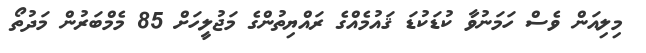
މިލިއަން ވެސް ހަމަނުވާ ކުޑަކުޑަ ޤައުމެއްގެ ރައްޔިތުންގެ މަޖުލީހަށް 85 މެމްބަރުން މަދުތޯ